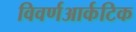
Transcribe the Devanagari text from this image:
विवर्णआर्कटिक